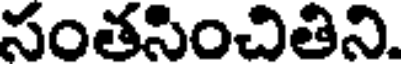
సంతసించితిని.